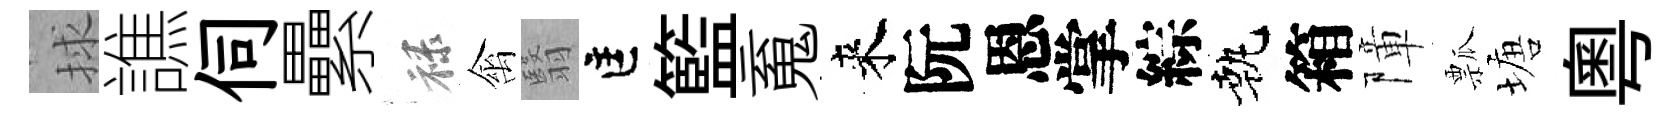
捄譙伺纍禄禽翳匡籃䰟来阮恩掌綜執箱障瓢塘粤